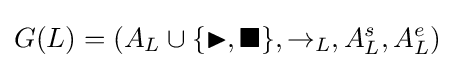
G(L)=(A_{L}\cup \{\blacktriangleright ,\blacksquare \},\rightarrow _{L},A_{L}^{s},A_{L}^{e})